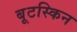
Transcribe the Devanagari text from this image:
बूटस्किन